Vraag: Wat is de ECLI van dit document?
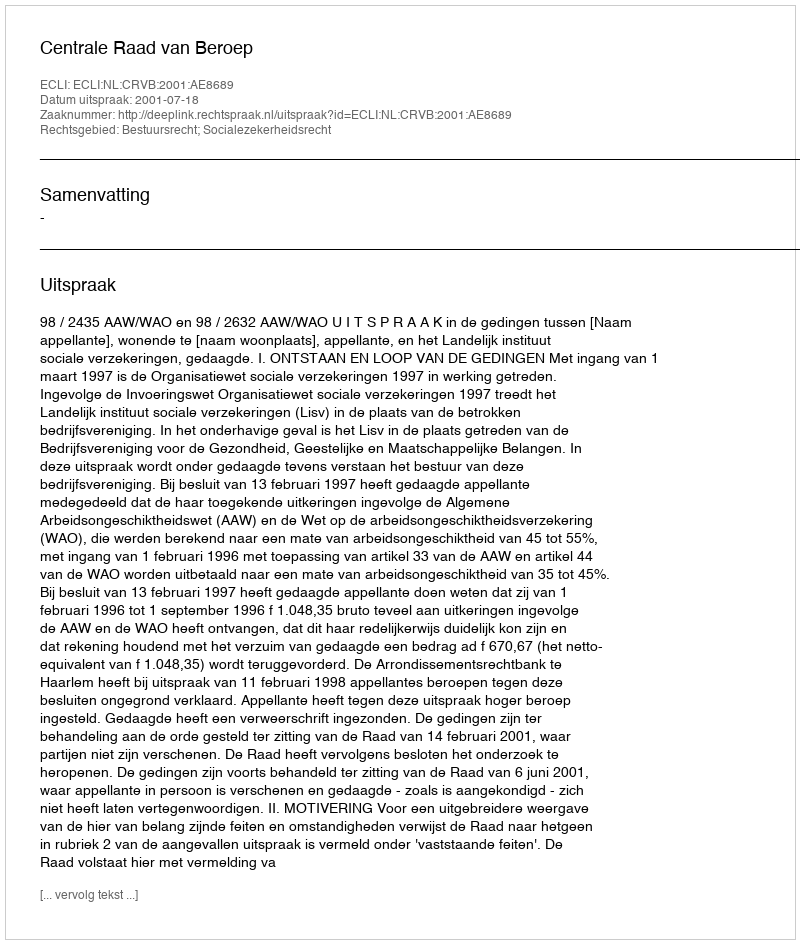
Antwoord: ECLI:NL:CRVB:2001:AE8689